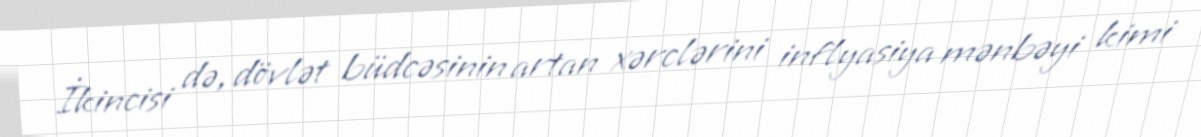
İkincisi də, dövlət büdcəsinin artan xərclərini inflyasiya mənbəyi kimi